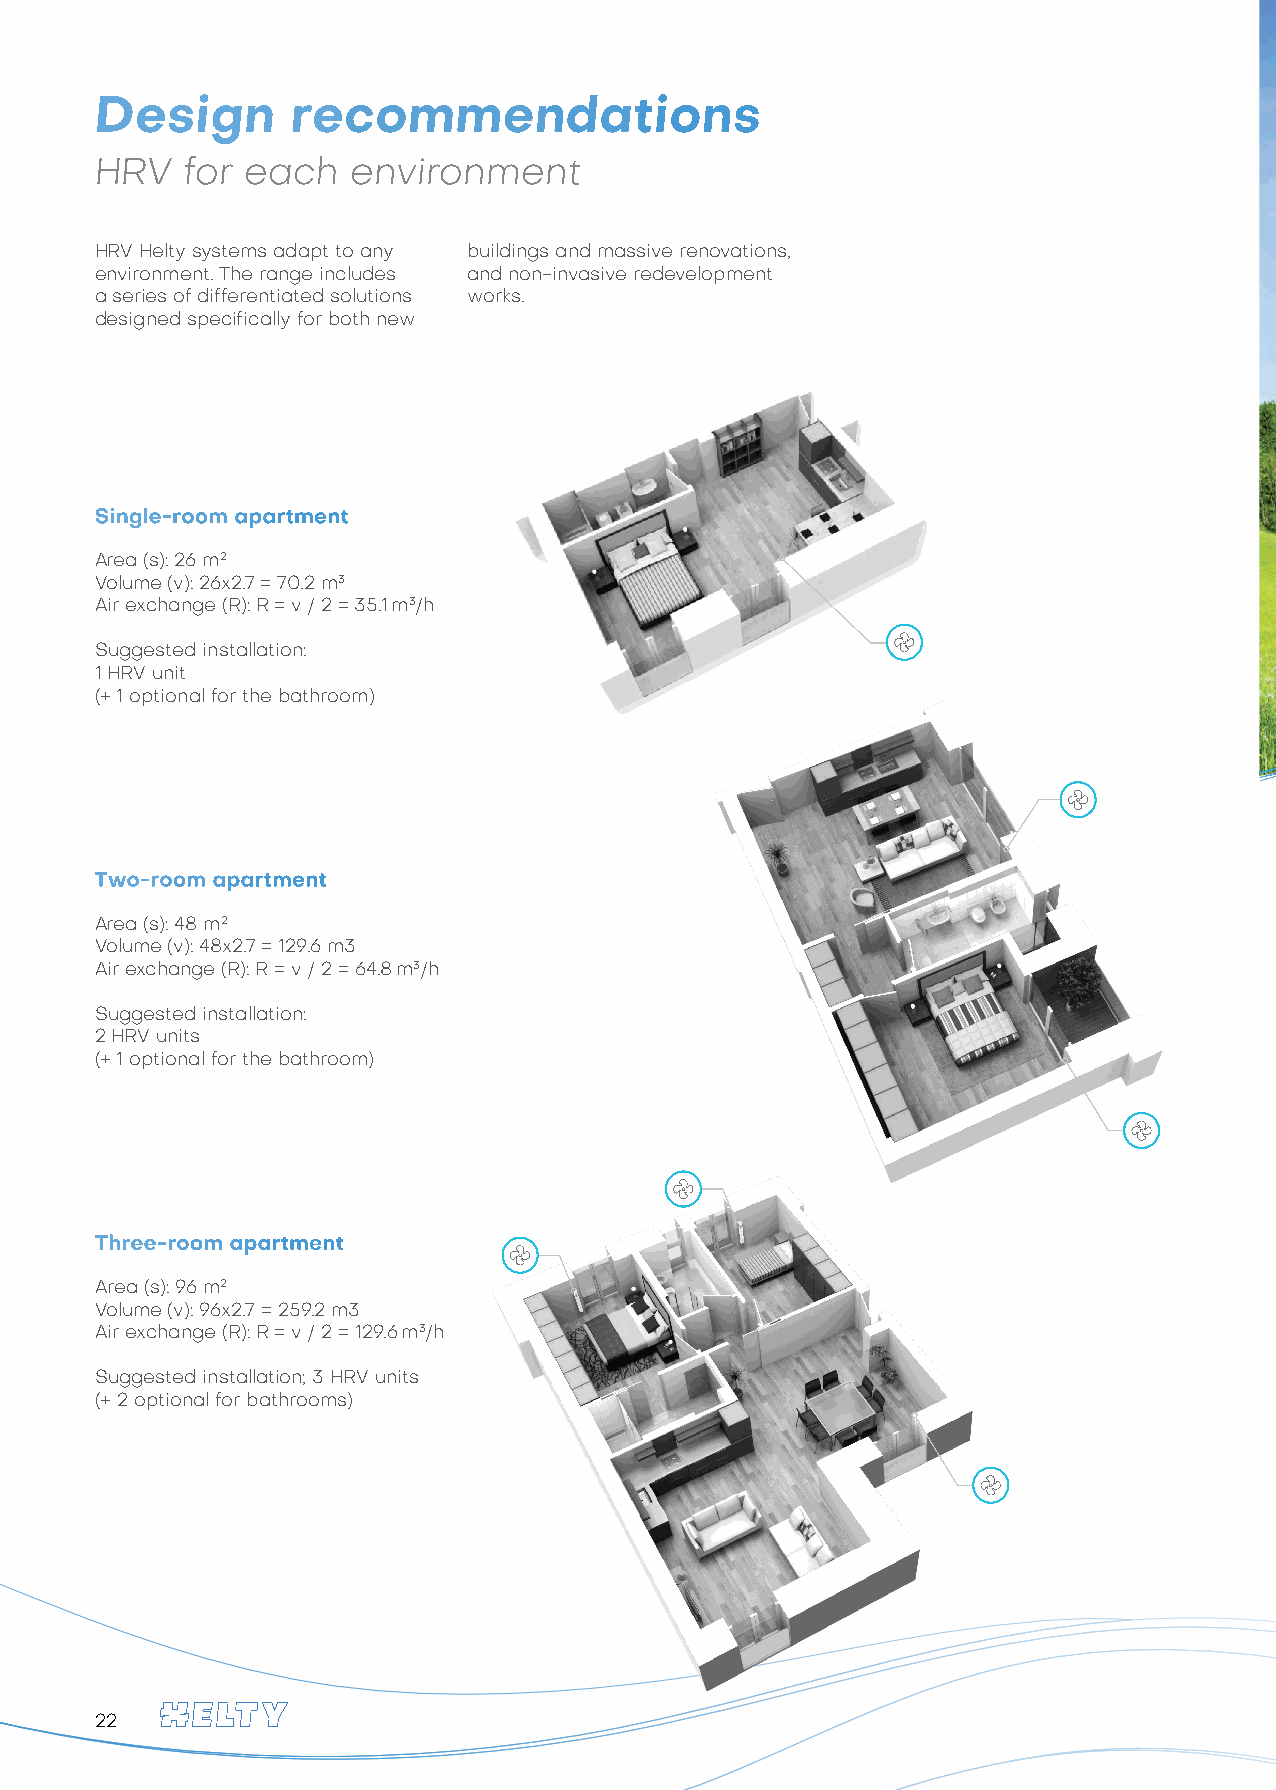
Design       recommendations
 HRV   for each   environment
 HRV Helty systems adapt to any buildings and massive renovations,
 environment. The range includes and non-invasive redevelopment
 a series of differentiated solutions works.
 designed specifically for both new
 Single-room apartment
 Area (s): 26 m2
 Volume (v): 26x2.7 = 70.2 m3
 Air exchange (R): R = v / 2 = 35.1 m3/h
 Suggested installation:
 1 HRV unit
 (+ 1 optional for the bathroom)
 Two-room apartment
 Area (s): 48 m2
 Volume (v): 48x2.7 = 129.6 m3
 Air exchange (R): R = v / 2 = 64.8 m3/h
 Suggested installation:
 2 HRV units
 (+ 1 optional for the bathroom)
 Three-room apartment
 Area (s): 96 m2
 Volume (v): 96x2.7 = 259.2 m3
 Air exchange (R): R = v / 2 = 129.6 m3/h
 Suggested installation; 3 HRV units
 (+ 2 optional for bathrooms)
 22